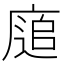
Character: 𢊅